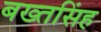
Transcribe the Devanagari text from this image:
बख्तसिंह